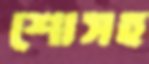
শোসহ